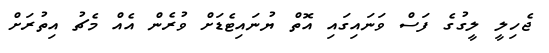
ޖެހިލީ ލީގުގެ ފަސް ވަނައިގައި އޮތް ޔުނައިޓެޑަށް ވުރެން އެއް މެޗު އިތުރަށް